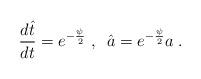
LaTeX: \begin{align*}\frac{d \hat{t}}{d t} = e^{- \frac{\psi}{2}} \; , \; \; \hat{a} = e^{- \frac{\psi}{2}} a \; .\end{align*}